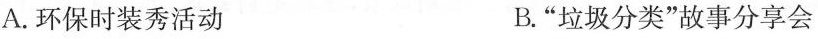
A.环保时装秀活动 B.”垃圾分类”故事分会